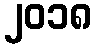
၂၀၁၈